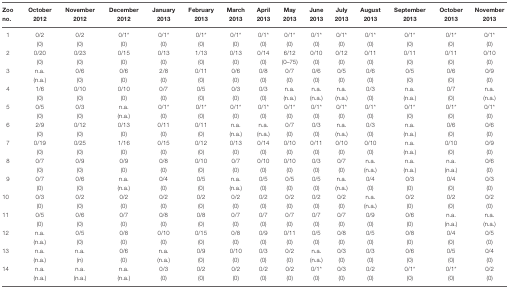
<table><thead><tr><td><b>Zoo no.</b></td><td><b>October 2012</b></td><td><b>November 2012</b></td><td><b>December 2012</b></td><td><b>January 2013</b></td><td><b>February 2013</b></td><td><b>March 2013</b></td><td><b>April 2013</b></td><td><b>May 2013</b></td><td><b>June 2013</b></td><td><b>July 2013</b></td><td><b>August 2013</b></td><td><b>September 2013</b></td><td><b>October 2013</b></td><td><b>November 2013</b></td></tr></thead><tbody><tr><td rowspan="2">1</td><td>0/2</td><td>0/2</td><td>0/1*</td><td>0/1*</td><td>0/1*</td><td>0/1*</td><td>0/1*</td><td>0/1*</td><td>0/1*</td><td>0/1*</td><td>0/1*</td><td>0/1*</td><td>0/1*</td><td>0/1*</td></tr><tr><td>(0)</td><td>(0)</td><td>(0)</td><td>(0)</td><td>(0)</td><td>(0)</td><td>(0)</td><td>(0)</td><td>(0)</td><td>(0)</td><td>(0)</td><td>(0)</td><td>(0)</td><td>(0)</td></tr><tr><td rowspan="2">2</td><td>0/20</td><td>0/23</td><td>0/15</td><td>0/13</td><td>1/13</td><td>0/13</td><td>0/14</td><td>6/12</td><td>0/10</td><td>0/12</td><td>0/11</td><td>0/11</td><td>0/11</td><td>0/10</td></tr><tr><td>(0)</td><td>(0)</td><td>(0)</td><td>(0)</td><td>(0)</td><td>(0)</td><td>(0)</td><td>(0–75)</td><td>(0)</td><td>(0)</td><td>(0)</td><td>(0)</td><td>(0)</td><td>(0)</td></tr><tr><td rowspan="2">3</td><td>n.a.</td><td>0/6</td><td>0/6</td><td>2/8</td><td>0/11</td><td>0/6</td><td>0/8</td><td>0/7</td><td>0/6</td><td>0/5</td><td>0/6</td><td>0/5</td><td>0/6</td><td>0/9</td></tr><tr><td>(n.a.)</td><td>(0)</td><td>(0)</td><td>(0)</td><td>(0)</td><td>(0)</td><td>(0)</td><td>(0)</td><td>(0)</td><td>(0)</td><td>(0)</td><td>(0)</td><td>(0)</td><td>(0)</td></tr><tr><td rowspan="2">4</td><td>1/6</td><td>0/10</td><td>0/10</td><td>0/7</td><td>0/5</td><td>0/3</td><td>0/3</td><td>n.a.</td><td>n.a.</td><td>n.a.</td><td>0/3</td><td>n.a.</td><td>0/7</td><td>n.a.</td></tr><tr><td>(0)</td><td>(0)</td><td>(0)</td><td>(0)</td><td>(0)</td><td>(0)</td><td>(0)</td><td>(n.a.)</td><td>(n.a.)</td><td>(n.a.)</td><td>(0)</td><td>(n.a.)</td><td>(0)</td><td>(n.a.)</td></tr><tr><td rowspan="2">5</td><td>0/5</td><td>0/3</td><td>n.a.</td><td>0/1*</td><td>0/1*</td><td>0/1*</td><td>0/1*</td><td>0/1*</td><td>0/1*</td><td>0/1*</td><td>0/1*</td><td>0/1*</td><td>0/1*</td><td>0/1*</td></tr><tr><td>(0)</td><td>(0)</td><td>(n.a.)</td><td>(0)</td><td>(0)</td><td>(0)</td><td>(0)</td><td>(0)</td><td>(0)</td><td>(0)</td><td>(0)</td><td>(0)</td><td>(0)</td><td>(0)</td></tr><tr><td rowspan="2">6</td><td>2/9</td><td>0/12</td><td>0/13</td><td>0/11</td><td>0/11</td><td>n.a.</td><td>n.a.</td><td>0/7</td><td>0/3</td><td>n.a.</td><td>0/3</td><td>n.a.</td><td>0/6</td><td>0/6</td></tr><tr><td>(0)</td><td>(0)</td><td>(0)</td><td>(0)</td><td>(0)</td><td>(n.a.)</td><td>(n.a.)</td><td>(0)</td><td>(0)</td><td>(n.a.)</td><td>(0)</td><td>(n.a.)</td><td>(0)</td><td>(0)</td></tr><tr><td rowspan="2">7</td><td>0/19</td><td>0/25</td><td>1/16</td><td>0/15</td><td>0/12</td><td>0/13</td><td>0/14</td><td>0/10</td><td>0/11</td><td>0/10</td><td>0/10</td><td>n.a.</td><td>0/10</td><td>0/9</td></tr><tr><td>(0)</td><td>(0)</td><td>(0)</td><td>(0)</td><td>(0)</td><td>(0)</td><td>(0)</td><td>(0)</td><td>(0)</td><td>(0)</td><td>(0)</td><td>(n.a.)</td><td>(0)</td><td>(0)</td></tr><tr><td rowspan="2">8</td><td>0/7</td><td>0/9</td><td>0/9</td><td>0/8</td><td>0/10</td><td>0/7</td><td>0/10</td><td>0/10</td><td>0/3</td><td>0/7</td><td>n.a.</td><td>n.a.</td><td>n.a.</td><td>0/6</td></tr><tr><td>(0)</td><td>(0)</td><td>(0)</td><td>(0)</td><td>(0)</td><td>(0)</td><td>(0)</td><td>(0)</td><td>(0)</td><td>(0)</td><td>(n.a.)</td><td>(n.a.)</td><td>(n.a.)</td><td>(0)</td></tr><tr><td rowspan="2">9</td><td>0/7</td><td>0/6</td><td>n.a.</td><td>0/4</td><td>0/5</td><td>n.a.</td><td>0/5</td><td>0/5</td><td>0/5</td><td>n.a.</td><td>0/4</td><td>0/3</td><td>0/4</td><td>0/3</td></tr><tr><td>(0)</td><td>(0)</td><td>(n.a.)</td><td>(0)</td><td>(0)</td><td>(n.a.)</td><td>(0)</td><td>(0)</td><td>(0)</td><td>(n.a.)</td><td>(0)</td><td>(0)</td><td>(0)</td><td>(0)</td></tr><tr><td rowspan="2">10</td><td>0/3</td><td>0/2</td><td>0/2</td><td>0/2</td><td>0/2</td><td>0/2</td><td>0/2</td><td>0/2</td><td>0/2</td><td>0/2</td><td>n.a.</td><td>0/2</td><td>0/2</td><td>0/2</td></tr><tr><td>(0)</td><td>(0)</td><td>(0)</td><td>(0)</td><td>(0)</td><td>(0)</td><td>(0)</td><td>(0)</td><td>(0)</td><td>(0)</td><td>(n.a.)</td><td>(0)</td><td>(0)</td><td>(0)</td></tr><tr><td rowspan="2">11</td><td>0/5</td><td>0/6</td><td>0/7</td><td>0/8</td><td>0/8</td><td>0/7</td><td>0/7</td><td>0/7</td><td>0/7</td><td>0/7</td><td>0/9</td><td>0/6</td><td>n.a.</td><td>n.a.</td></tr><tr><td>(0)</td><td>(0)</td><td>(0)</td><td>(0)</td><td>(0)</td><td>(0)</td><td>(0)</td><td>(0)</td><td>(0)</td><td>(0)</td><td>(0)</td><td>(0)</td><td>(n.a.)</td><td>(n.a.)</td></tr><tr><td rowspan="2">12</td><td>n.a.</td><td>0/5</td><td>0/8</td><td>0/10</td><td>0/15</td><td>0/8</td><td>0/9</td><td>0/11</td><td>0/5</td><td>0/8</td><td>0/5</td><td>0/8</td><td>0/4</td><td>0/5</td></tr><tr><td>(n.a.)</td><td>(0)</td><td>(0)</td><td>(0)</td><td>(0)</td><td>(0)</td><td>(0)</td><td>(0)</td><td>(0)</td><td>(0)</td><td>(0)</td><td>(0)</td><td>(0)</td><td>(0)</td></tr><tr><td rowspan="2">13</td><td>n.a.</td><td>n.a.</td><td>0/6</td><td>n.a.</td><td>0/9</td><td>0/10</td><td>0/3</td><td>0/2</td><td>n.a.</td><td>0/3</td><td>0/3</td><td>0/6</td><td>0/5</td><td>0/4</td></tr><tr><td>(n.a.)</td><td>(n)</td><td>(0)</td><td>(n.a.)</td><td>(0)</td><td>(0)</td><td>(0)</td><td>(0)</td><td>(n.a.)</td><td>(0)</td><td>(0)</td><td>(0)</td><td>(0)</td><td>(0)</td></tr><tr><td rowspan="2">14</td><td>n.a.</td><td>n.a.</td><td>n.a.</td><td>0/3</td><td>0/2</td><td>0/2</td><td>0/2</td><td>0/2</td><td>0/1*</td><td>0/3</td><td>0/2</td><td>0/1*</td><td>0/1*</td><td>0/2</td></tr><tr><td>(n.a.)</td><td>(n.a.)</td><td>(n.a.)</td><td>(0)</td><td>(0)</td><td>(0)</td><td>(0)</td><td>(0)</td><td>(0)</td><td>(0)</td><td>(0)</td><td>(0)</td><td>(0)</td><td>(0)</td></tr></tbody></table>